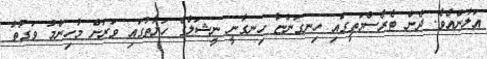
އަލާންއެވެ. ދެން ޓެރެސްމަތީގައި ހިނގަންޏާ ހިނގާނީ ނީޝަލްގެ ހަޔާތުގައި ވަރަށް މުހިންމު ވަގުތު